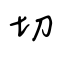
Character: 切